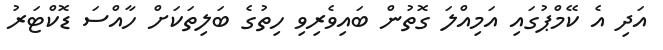
އަދި އެ ކޭމްޕުގައި އަމިއްލަ ގޮތުން ބައިވެރިވި ހިތުގެ ބަލިތަކަށް ހާއްސަ ޑޮކްޓަރު